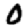
Digit: 0